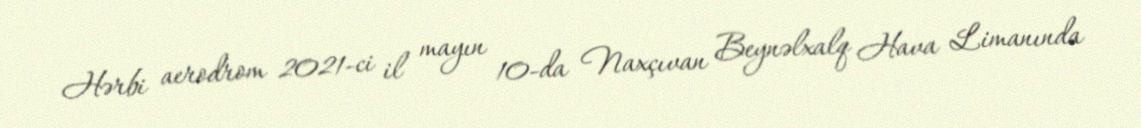
Hərbi aerodrom 2021-ci il mayın 10-da Naxçıvan Beynəlxalq Hava Limanında